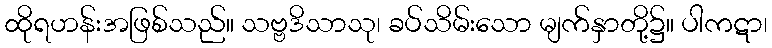
ထိုရဟန်းအဖြစ်သည်။ သဗ္ဗဒိသာသု၊ ခပ်သိမ်းသော မျက်နှာတို့၌။ ပါကဋာ၊